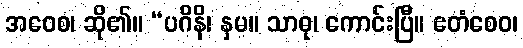
အဝေစ၊ ဆို၏။ “ပဂိနိ၊ နှမ။ သာဓု၊ ကောင်းပြီ။ ဧတံစေဝ၊